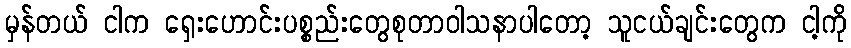
မှန်တယ် ငါက ရှေးဟောင်းပစ္စည်းတွေစုတာဝါသနာပါတော့ သူငယ်ချင်းတွေက ငါ့ကို